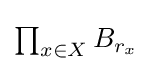
{\textstyle \prod _{x\in X}B_{r_{x}}}